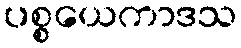
ပစ္စယေကာဒသ